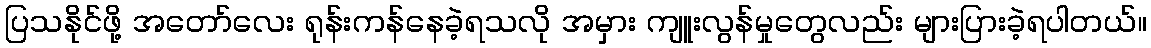
ပြသနိုင်ဖို့ အတော်လေး ရုန်းကန်နေခဲ့ရသလို အမှား ကျူးလွန်မှုတွေလည်း များပြားခဲ့ရပါတယ်။